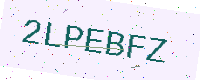
Text: 2LPEBFZ